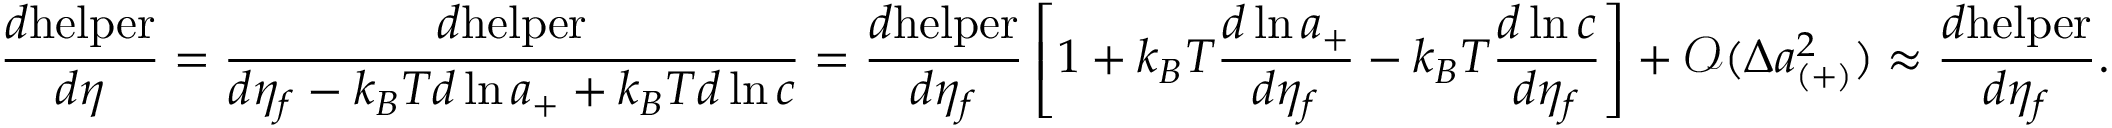
\frac { d \mathrm { h e l p e r } } { d \eta } = \frac { d \mathrm { h e l p e r } } { d \eta _ { f } - k _ { B } T d \ln { a _ { + } } + k _ { B } T d \ln { c } } = \frac { d \mathrm { h e l p e r } } { d \eta _ { f } } \left[ 1 + k _ { B } T \frac { d \ln { a _ { + } } } { d \eta _ { f } } - k _ { B } T \frac { d \ln { c } } { d \eta _ { f } } \right] + \mathcal { O } ( \Delta a _ { ( + ) } ^ { 2 } ) \approx \frac { d \mathrm { h e l p e r } } { d \eta _ { f } } .